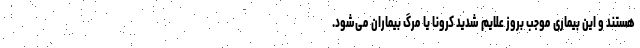
هستند و این بیماری موجب بروز علایم شدید کرونا یا مرگ بیماران می‌شود.